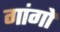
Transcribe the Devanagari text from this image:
गांगो